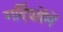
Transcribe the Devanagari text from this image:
गर्दिशोंमें